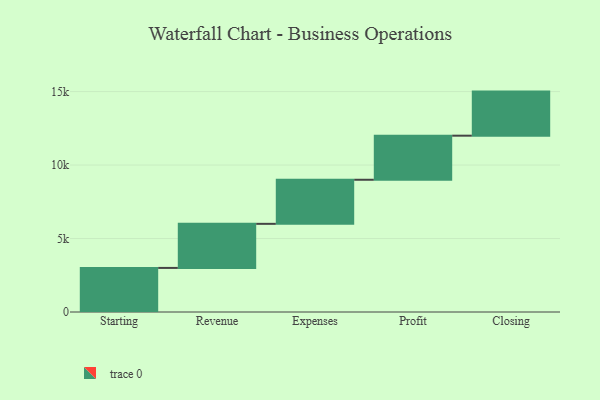
{"axis": {"x": "Step", "y": "Value"}, "legend": [""], "data": [{"x": "Starting", "y": 3000, "type": ""}, {"x": "Revenue", "y": 3000, "type": ""}, {"x": "Expenses", "y": 3000, "type": ""}, {"x": "Profit", "y": 3000, "type": ""}, {"x": "Closing", "y": 3000, "type": ""}]}